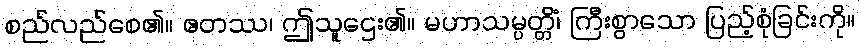
စည်လည်စေ၏။ ဧတဿ၊ ဤသူဌေး၏။ မဟာသမ္ပတ္တိံ၊ ကြီးစွာသော ပြည့်စုံခြင်းကို။